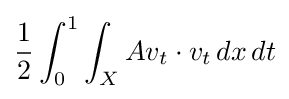
{\frac {1}{2}}\int _{0}^{1}\int _{X}Av_{t}\cdot v_{t}\,dx\,dt